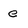
Character: e